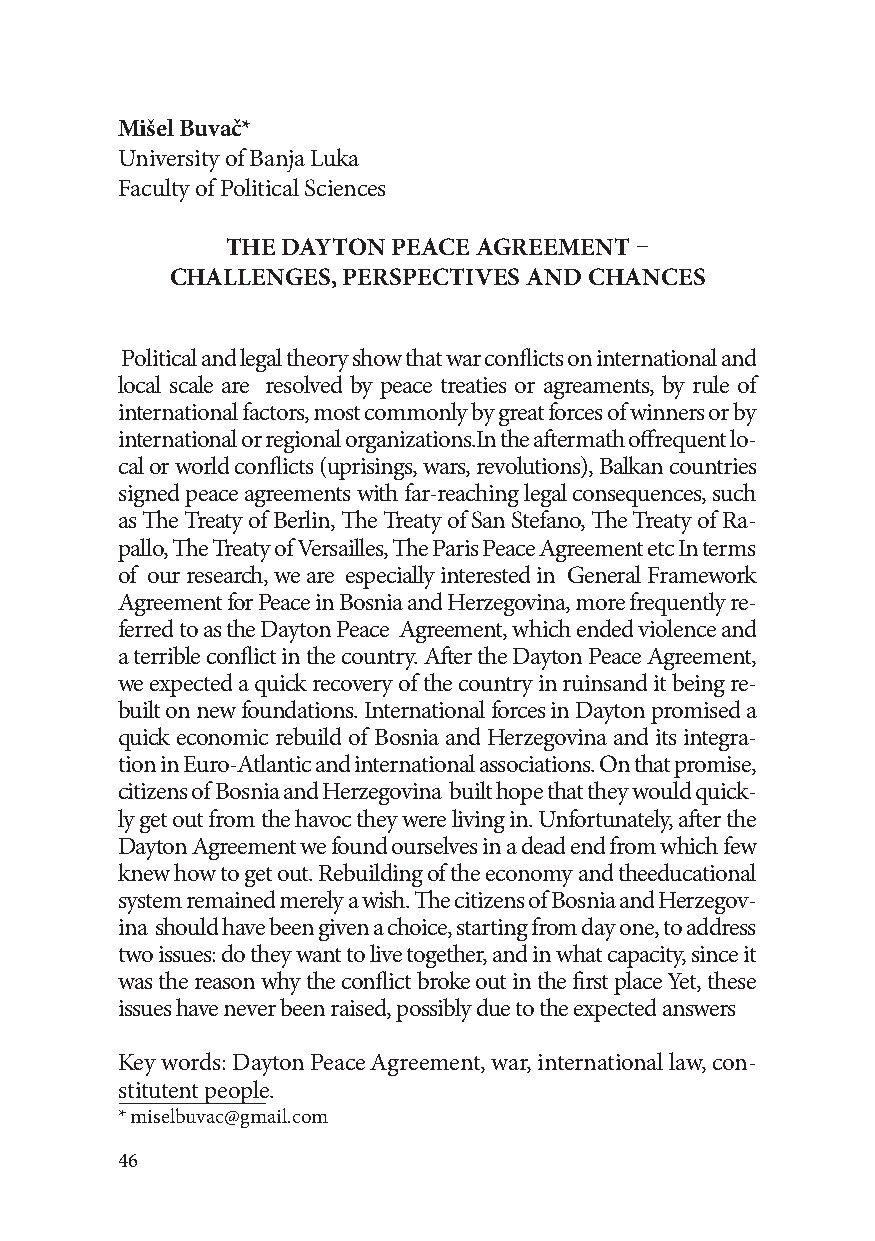
Mišel Buvač*
 University of Banja Luka
 Faculty of Political Sciences
 THE DAYTON PEACE AGREEMENT –
 CHALLENGES, PERSPECTIVES AND CHANCES
 Political and legal theory show that war conflicts on international and
 local scale are resolved by peace treaties or agreaments, by rule of
 international factors, most commonly by great forces of winners or by
 international or regional organizations.In the aftermath offrequent lo-
 cal or world conflicts (uprisings, wars, revolutions), Balkan countries
 signed peace agreements with far-reaching legal consequences, such
 as The Treaty of Berlin, The Treaty of San Stefano, The Treaty of Ra-
 pallo, The Treaty of Versailles, The Paris Peace Agreement etc In terms
 of our research, we are especially interested in General Framework
 Agreement for Peace in Bosnia and Herzegovina, more frequently re-
 ferred to as the Dayton Peace Agreement, which ended violence and
 a terrible conflict in the country. After the Dayton Peace Agreement,
 we expected a quick recovery of the country in ruinsand it being re-
 built on new foundations. International forces in Dayton promised a
 quick economic rebuild of Bosnia and Herzegovina and its integra-
 tion in Euro-Atlantic and international associations. On that promise,
 citizens of Bosnia and Herzegovina built hope that they would quick-
 ly get out from the havoc they were living in. Unfortunately, after the
 Dayton Agreement we found ourselves in a dead end from which few
 knew how to get out. Rebuilding of the economy and theeducational
 system remained merely a wish. The citizens of Bosnia and Herzegov-
 ina should have been given a choice, starting from day one, to address
 two issues: do they want to live together, and in what capacity, since it
 was the reason why the conflict broke out in the first place Yet, these
 issues have never been raised, possibly due to the expected answers
 Key words: Dayton Peace Agreement, war, international law, con-
 stitutent people.
 * miselbuvac@gmail.com
 46